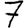
Digit: 7